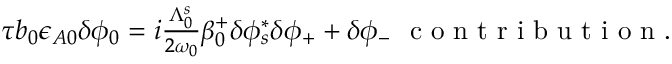
\begin{array} { r } { \tau b _ { 0 } \epsilon _ { A 0 } \delta \phi _ { 0 } = i \frac { \Lambda _ { 0 } ^ { s } } { 2 \omega _ { 0 } } \beta _ { 0 } ^ { + } \delta \phi _ { s } ^ { * } \delta \phi _ { + } + \delta \phi _ { - } \ \mathrm { ~ c ~ o ~ n ~ t ~ r ~ i ~ b ~ u ~ t ~ i ~ o ~ n ~ } . } \end{array}